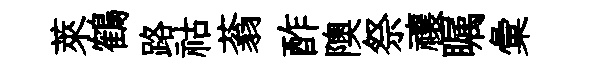
萊鶴路祜蓊酢隩祭禳瞩彙